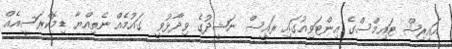
އައިރިޝް ޓައިމްސްގެ އިންޓަވިއުގައި ރައީސް ނަޝީދުގެ ވިދާޅުވީ  ގައުމެއް ނެތިއްޔާ ޑިމޮކްރަސީއެއް